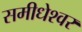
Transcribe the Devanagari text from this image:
समीधेश्वर